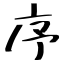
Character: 序